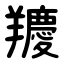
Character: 羻